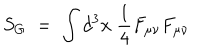
S _ { G } \; = \; \int d ^ { 3 } x \; \frac { 1 } { 4 } F _ { \mu \nu } F _ { \mu \nu }